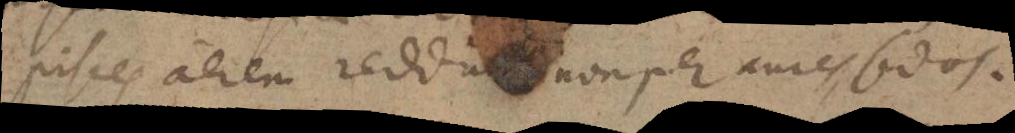
pisces aerem reddunt non per aures, sed os.